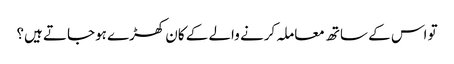
تو اس کے ساتھ معاملہ کرنے والے کے کان کھڑے ہوجاتے ہیں؟